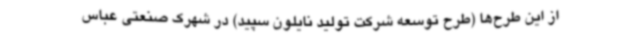
از این طرح‌ها (طرح توسعه شرکت تولید نایلون سپید) در شهرک صنعتی عباس